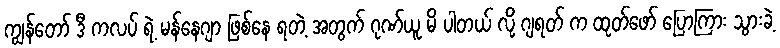
ကျွန်တော် ဒီ ကလပ် ရဲ့ မန်နေဂျာ ဖြစ်နေ ရတဲ့ အတွက် ဂုဏ်ယူ မိ ပါတယ် လို့ ဂျရတ် က ထုတ်ဖော် ပြောကြား သွားခဲ့